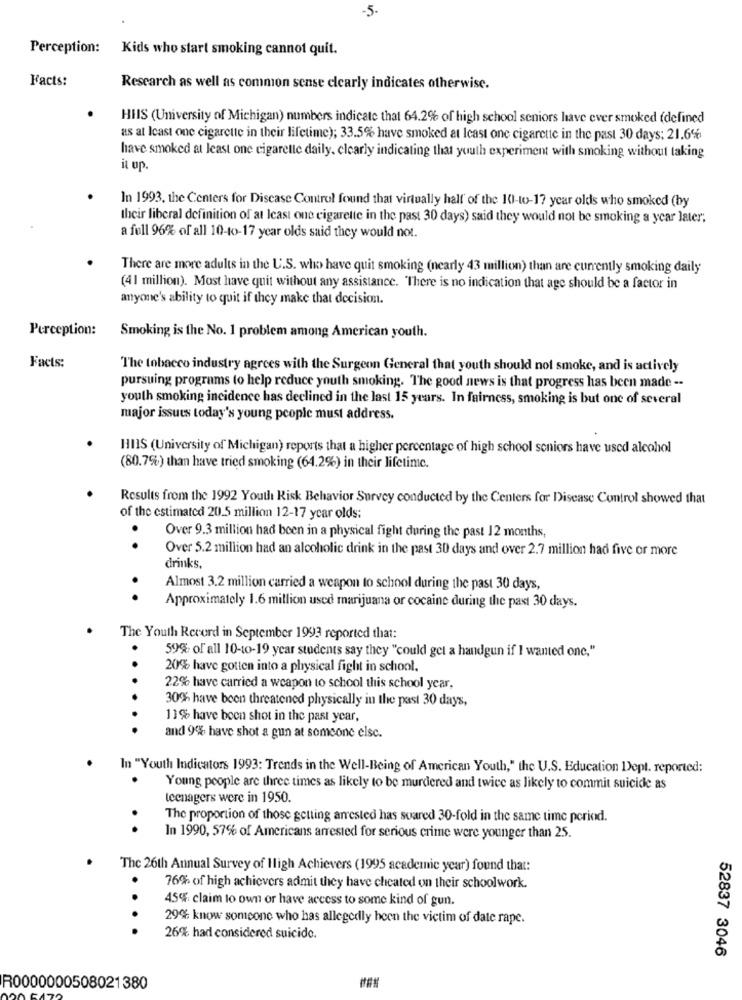
-5-
Perception:
Kids who start smoking cannot quit.
Facts:
Research as well as common sense clearly indicates otherwise.
HHIS (University of Michigan) numbers indicate that 64.2% of high school seniors have ever smoked (defined
as at least one cigarette in their lifetime); 33.5% have smoked at least one cigarette in the past 30 days; 21.6%
have smoked at least one cigaretle daily. clearly indicating that youth experiment with smoking without taking
it up.
In 1993, the Centers for Disease Control found that virtually half of the 10-to-17 year olds who smoked (by
their liberal definition of at least one cigarette in the past 30 days) said they would not be smoking a year later;
a full 96% of all 10-to-17 year olds said they would not.
There are more adults in the U.S. who have quit smoking (nearly 43 million) than are currently smoking daily
(41 million). Most have quit without any assistance. There is no indication that age should be a factor in
anyone's ability to quit if they make that decision.
Perception:
Smoking is the No. 1 problem among American youth.
Facts:
The tobacco industry agrees with the Surgeon General that youth should not smoke, and is actively
pursuing programs to help reduce youth smoking. The good news is that progress has been made --
youth smoking incidence has declined in the last 15 years. In fairness, smoking is but one of several
major issues today's young people must address.
HIS (University of Michigan) reports that a higher percentage of high school seniors have used alcohol
(80.7%) than have tried smoking (64.2%) in their lifetime.
Results from the 1992 Youll Risk Behavior Survey conducted by the Centers for Disease Control showed that
of the estimated 20.5 million 12-17 year olds:
Over 9.3 million had been in a physical fight during the past 12 months,
. .
Over 5.2 million had an alcoholic drink in the past 30 days and over 2.7 million had five or more
drinks,
Almost 3.2 million carried a weapon to school during the past 30 days,
. .
Approximately 1.6 million used marijuana or cocaine during the past 30 days.
The Youth Record in September 1993 reported that:
59% of all 10-to-19 year students say they "could get a handgun if I wanted one,"
20% have gotten into a physical fight in school.
22% have carried a weapon to school this school year,
30% have been threatened physically in the past 30 days,
11% have been shot in the past year,
and 9% have shot a gun at someone else.
In "Youth Indicators 1993; Trends in the Well-Being of American Youth," the U.S. Education Dept. reported:
Young people are three times as likely to be murdered and twice as likely to commit suicide as
teenagers were in 1950.
The proportion of those getting arrested has suared 30-fold in the same time period.
..
In 1990, 57% of Americans arrested for serious crime were younger than 25.
The 26th Annual Survey of High Achievers (1995 academic year) found that:
76% of high achievers admit they have cheated on their schoolwork.
45% claim lo own or have access to some kind of gun.
29% know someone who has allegedly heen the victim of date rape.
....
26% had considered suicide.
52837 3046
R0000000508021380